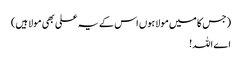
(جس کا میں مولا ہوں اس کے یہ علی بھی مولا ہیں)
اے اللہ!